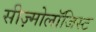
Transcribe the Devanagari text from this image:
सीज़्मोलॉजिस्ट